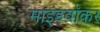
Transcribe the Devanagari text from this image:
माइंडवॉकर